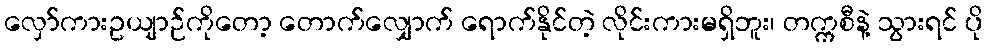
လှော်ကားဥယျာဉ်ကိုတော့ တောက်လျှောက် ရောက်နိုင်တဲ့ လိုင်းကားမရှိဘူး၊ တက္ကစီနဲ့ သွားရင် ပို